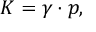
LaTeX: K = \gamma \cdot p ,